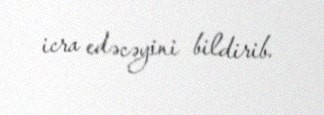
icra edəcəyini bildirib.